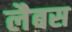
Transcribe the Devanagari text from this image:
लैबस